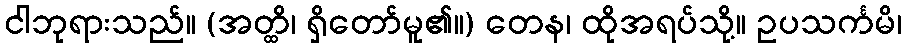
ငါဘုရားသည်။ (အတ္ထိ၊ ရှိတော်မူ၏။) တေန၊ ထိုအရပ်သို့။ ဥပသင်္ကမိ၊